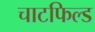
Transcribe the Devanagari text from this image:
चाटफिल्ड